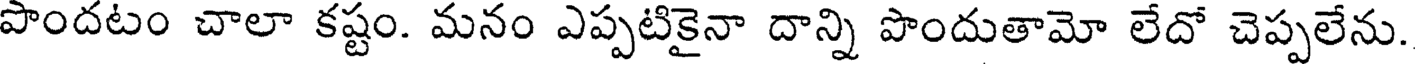
పొందటం చాలా కష్టం. మనం ఎప్పటికైనా దాన్ని పొందుతామో లేదో చెప్పలేను.